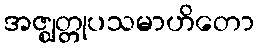
အဇ္ဈတ္တုပသမာဟိတော